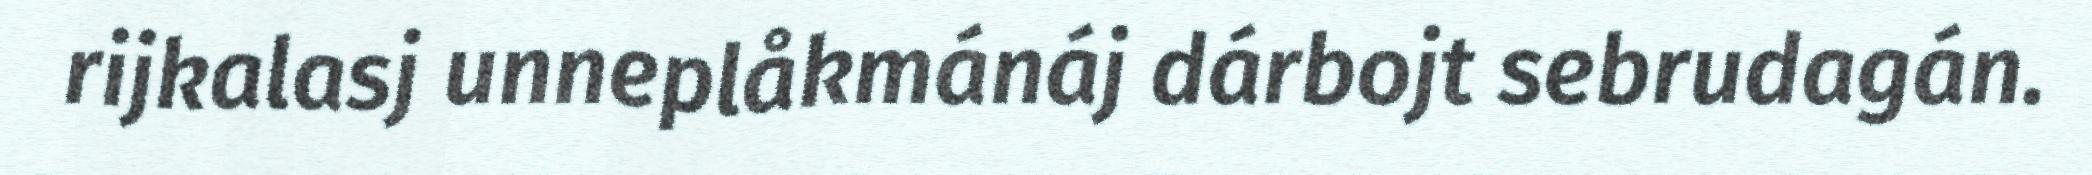
rijkalasj unneplåkmánáj dárbojt sebrudagán.